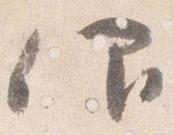
仰